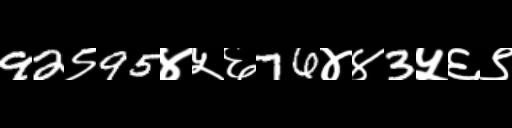
Text: 92९95४५६76४४3५६९